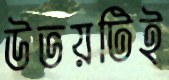
উভয়টিই